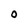
Character: O